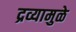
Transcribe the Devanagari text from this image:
द्रव्यामुळे